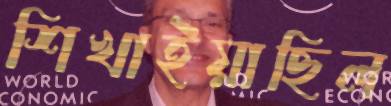
শিখাইয়াছিল